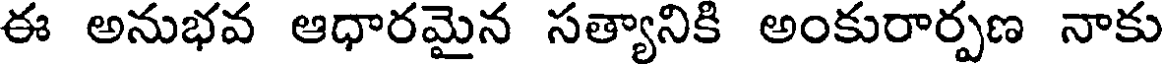
ఈ అనుభవ ఆధారమైన సత్యానికి అంకురార్పణ నాకు